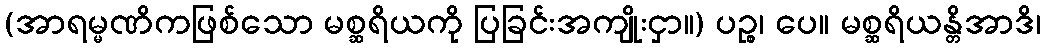
(အာရမ္မဏိကဖြစ်သော မစ္ဆရိယကို ပြခြင်းအကျိုးငှာ။) ပဉ္စ၊ ပေ။ မစ္ဆရိယန္တိအာဒိ၊